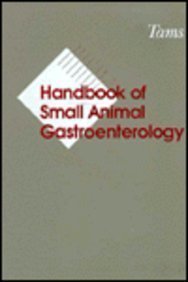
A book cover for Handbook of Small Animal Gastroenterology, 1e; Todd R. Tams DVM  DACVIM; Medical Books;